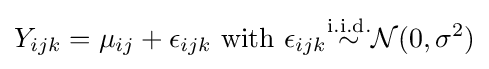
Y_{ijk}=\mu _{ij}+\epsilon _{ijk}{\text{ with }}\epsilon _{ijk}{\overset {\mathrm {i.i.d.} }{\sim }}{\mathcal {N}}(0,\sigma ^{2})